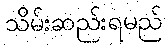
သိမ်းဆည်းရမည်